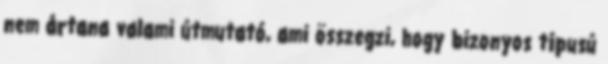
nem ártana valami útmutató, ami összegzi, hogy bizonyos típusú